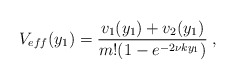
\begin{align*}V_{eff}(y_1) = \frac{v_1(y_1) + v_2(y_1)}{m ! (1 - e^{- 2 \nu k y_1})} \; ,\end{align*}